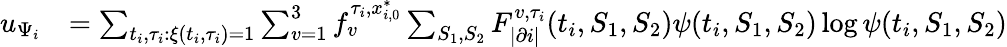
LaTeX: \begin{array}{rl}{u_{\Psi_{i}}}&{=\sum_{t_{i},\tau_{i}:\xi(t_{i},\tau_{i})=1}\sum_{v=1}^{3}f_{v}^{\tau_{i},x_{i,0}^{*}}\sum_{S_{1},S_{2}}F_{|\partial i|}^{v,\tau_{i}}(t_{i},S_{1},S_{2})\psi(t_{i},S_{1},S_{2})\log\psi(t_{i},S_{1},S_{2})}\end{array}